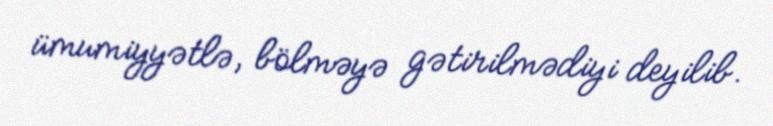
ümumiyyətlə, bölməyə gətirilmədiyi deyilib.